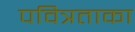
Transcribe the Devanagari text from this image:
पवित्रताका